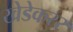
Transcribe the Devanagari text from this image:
खेडेकरर